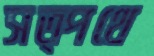
সত্পথে